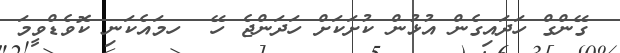
ގޭންގް ހަދައިގެން އުޅުން ކުށަކަށް ހަދަންޖެ ހޭ  ހމައެކަނި ކޮވެޑްވީމަ